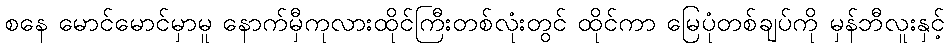
စနေ မောင်မောင်မှာမူ နောက်မှီကုလားထိုင်ကြီးတစ်လုံးတွင် ထိုင်ကာ မြေပုံတစ်ချပ်ကို မှန်ဘီလူးနှင့်